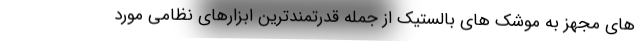
های مجهز به موشک های بالستیک از جمله قدرتمندترین ابزارهای نظامی مورد